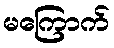
မကြောက်